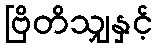
ဗြိတိသျှနှင့်